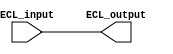
module ECL_buffer(
    input ECL_input,
    output reg ECL_output
);

assign ECL_output = ECL_input;

endmodule